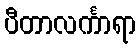
ပီတာလင်္ကာရာ